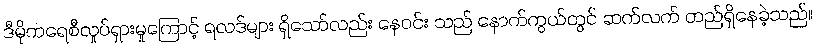
ဒီမိုကရေစီလှုပ်ရှားမှုကြောင့် ရလဒ်များ ရှိသော်လည်း နေဝင်း သည် နောက်ကွယ်တွင် ဆက်လက် တည်ရှိနေခဲ့သည်။